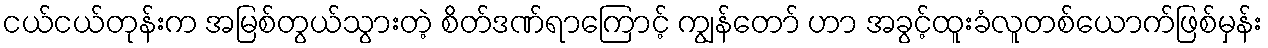
ငယ်ငယ်တုန်းက အမြစ်တွယ်သွားတဲ့ စိတ်ဒဏ်ရာကြောင့် ကျွန်တော် ဟာ အခွင့်ထူးခံလူတစ်ယောက်ဖြစ်မှန်း